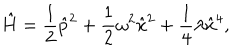
\hat { H } = \frac { 1 } { 2 } { \hat { p } } ^ { 2 } + \frac { 1 } { 2 } \omega ^ { 2 } { \hat { x } } ^ { 2 } + \frac { 1 } { 4 } \lambda { \hat { x } } ^ { 4 } ,